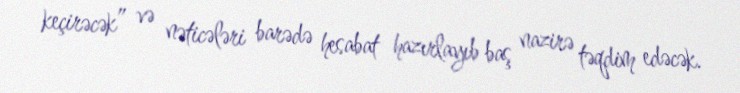
keçirəcək” və nəticələri barədə hesabat hazırlayıb baş nazirə təqdim edəcək.